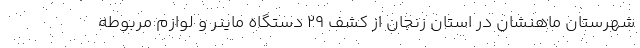
شهرستان ماهنشان در استان زنجان از کشف 29 دستگاه ماینر و لوازم مربوطه